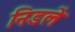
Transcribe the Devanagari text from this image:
निडलें